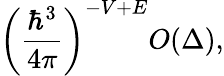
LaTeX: \left({\frac{\hbar^{3}}{4\pi}}\right)^{-V+E}O(\Delta),